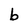
Character: b